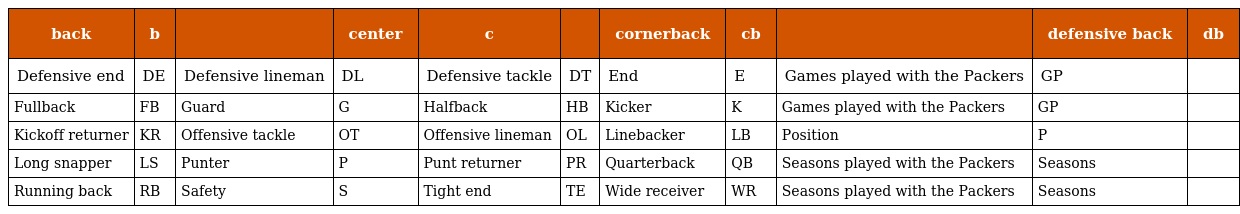
| back | b |  | center | c |  | cornerback | cb |  | defensive back | db |
 | --- | --- | --- | --- | --- | --- | --- | --- | --- | --- | --- |
 | Defensive end | DE | Defensive lineman | DL | Defensive tackle | DT | End | E | Games played with the Packers | GP |  |
 | Fullback | FB | Guard | G | Halfback | HB | Kicker | K | Games played with the Packers | GP |  |
 | Kickoff returner | KR | Offensive tackle | OT | Offensive lineman | OL | Linebacker | LB | Position | P |  |
 | Long snapper | LS | Punter | P | Punt returner | PR | Quarterback | QB | Seasons played with the Packers | Seasons |  |
 | Running back | RB | Safety | S | Tight end | TE | Wide receiver | WR | Seasons played with the Packers | Seasons |  |